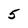
Character: 5